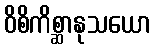
ဝိစိကိစ္ဆာနုသယော